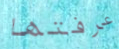
عرفتها